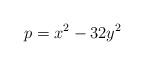
LaTeX: \begin{align*}p=x^2-32y^2\end{align*}